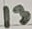
Text: 13